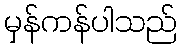
မှန်ကန်ပါသည်